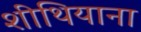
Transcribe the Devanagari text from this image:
शीथियाना